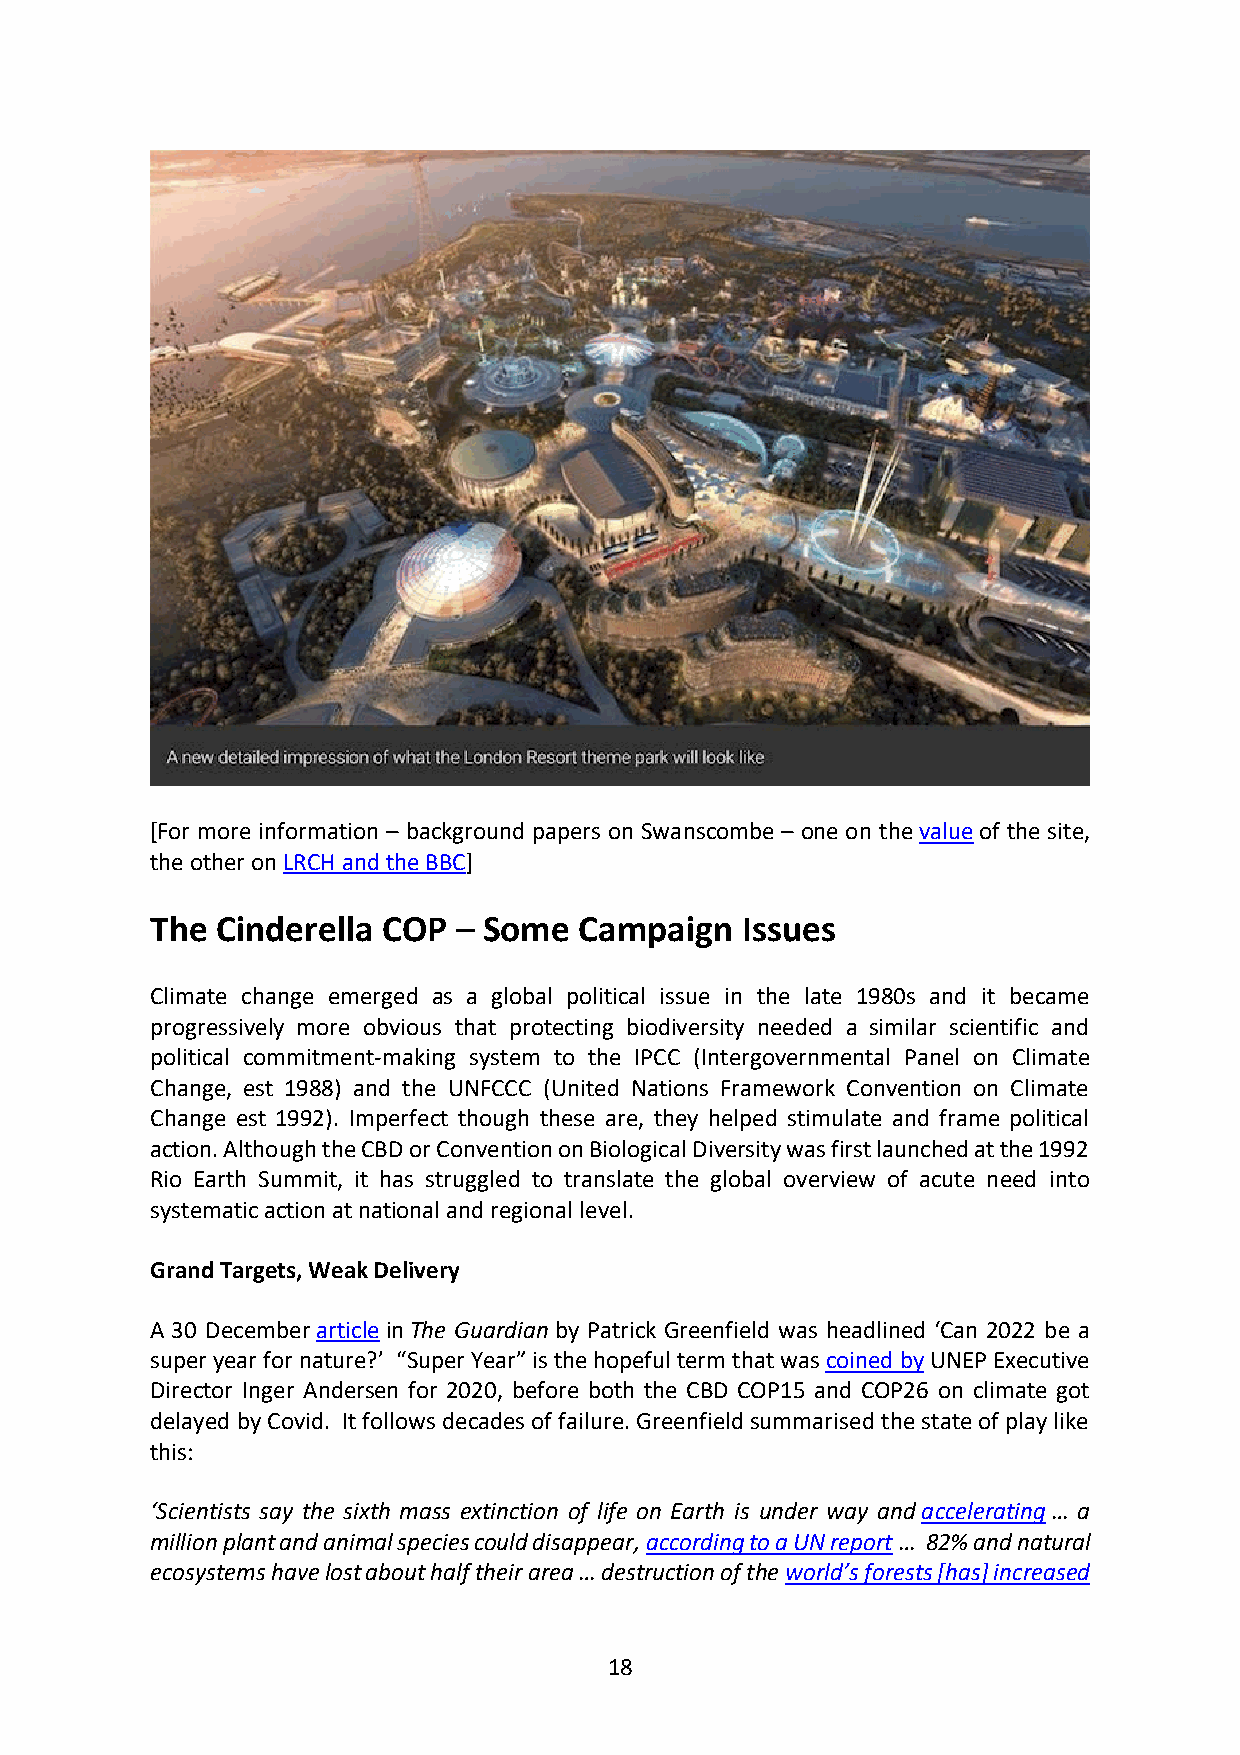
[For more information – background papers on Swanscombe – one on the value of the site,
 the other on LRCH and the BBC]
 The Cinderella COP  – Some  Campaign   Issues
 Climate change emerged as a global political issue in the late 1980s and it became
 progressively more obvious that protecting biodiversity needed a similar scientific and
 political commitment-making system to the IPCC (Intergovernmental Panel on Climate
 Change, est 1988) and the UNFCCC (United Nations Framework Convention on Climate
 Change est 1992). Imperfect though these are, they helped stimulate and frame political
 action. Although the CBD or Convention on Biological Diversity was first launched at the 1992
 Rio Earth Summit, it has struggled to translate the global overview of acute need into
 systematic action at national and regional level.
 Grand Targets, Weak Delivery
 A 30 December article in The Guardian by Patrick Greenfield was headlined ‘Can 2022 be a
 super year for nature?’ “Super Year” is the hopeful term that was coined by UNEP Executive
 Director Inger Andersen for 2020, before both the CBD COP15 and COP26 on climate got
 delayed by Covid. It follows decades of failure. Greenfield summarised the state of play like
 this:
 ‘Scientists say the sixth mass extinction of life on Earth is under way and accelerating … a
 million plant and animal species could disappear, according to a UN report … 82% and natural
 ecosystems have lost about half their area … destruction of the world’s forests [has] increased
 18